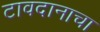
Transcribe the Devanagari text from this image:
टावदानाचा